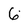
Character: 6